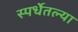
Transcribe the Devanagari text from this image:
स्पर्धेतल्या